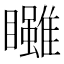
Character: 𥍃